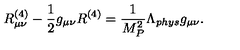
R _ { \mu \nu } ^ { ( 4 ) } - \frac { 1 } { 2 } g _ { \mu \nu } R ^ { ( 4 ) } = \frac { 1 } { M _ { P } ^ { 2 } } \Lambda _ { p h y s } g _ { \mu \nu } .